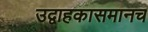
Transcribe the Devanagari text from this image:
उद्वाहकासमानच